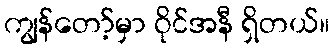
ကျွန်တော့်မှာ ဝိုင်အနီ ရှိတယ်။